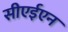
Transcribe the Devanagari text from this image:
सीएईएन